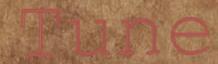
Tune